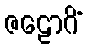
ဇဠောဂိံ